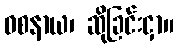
ဝစနာယ၊ ဆိုခြင်းငှာ။